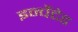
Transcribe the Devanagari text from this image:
इन्चैंटेड